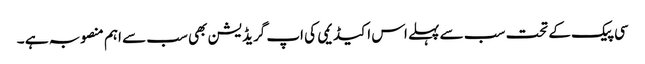
سی پیک کے تحت سب سے پہلے اس اکیڈیمی کی اپ گریڈیشن بھی سب سے اہم منصوبہ ہے ۔